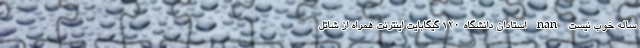
ساله خوب نیست nan استادان دانشگاه 120 گیگابایت اینترنت همراه از شاتل